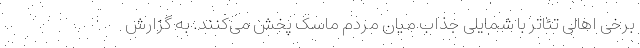
برخی اهالی تئاتر با شمایلی جذاب میان مردم ماسک پخش می‌کنند. به گزارش